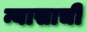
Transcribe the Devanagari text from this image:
न्यासाची